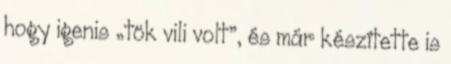
hogy igenis „tök vili volt”, és már készítette is